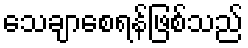
သေချာစေရန်ဖြစ်သည်